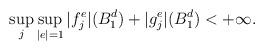
LaTeX: \begin{align*}\sup_j\sup_{|e|=1}|f^e_j|(B^d_1)+|g^e_j|(B^d_1)<+\infty.\end{align*}